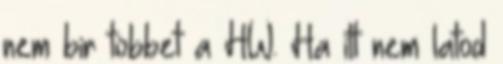
nem bir tobbet a HW. Ha itt nem latod